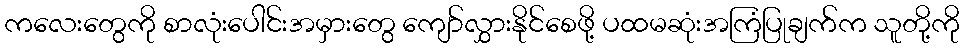
ကလေးတွေကို စာလုံးပေါင်းအမှားတွေ ကျော်လွှားနိုင်စေဖို့ ပထမဆုံးအကြံပြုချက်က သူတို့ကို